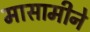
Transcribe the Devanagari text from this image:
मासामीने